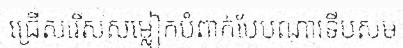
ជ្រើសរើសសម្លៀកបំពាក់បែបណាទើបសម